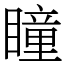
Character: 瞳